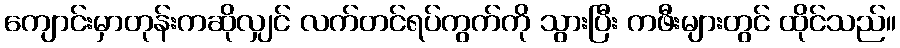
ကျောင်းမှာတုန်းကဆိုလျှင် လက်တင်ရပ်ကွက်ကို သွားပြီး ကဖီးများတွင် ထိုင်သည်။